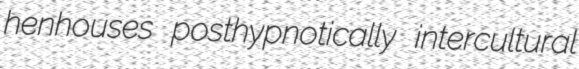
henhouses posthypnotically intercultural